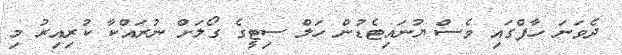
ދެވަނަ ހާފްގައި ވެސް ޔުނައިޓެޑުން ހަލް ސިޓީގެ ގޯލަށް ނުރައްކާ ކުރިއިރު މި